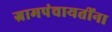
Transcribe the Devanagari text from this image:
ग्रामपंचायतींना